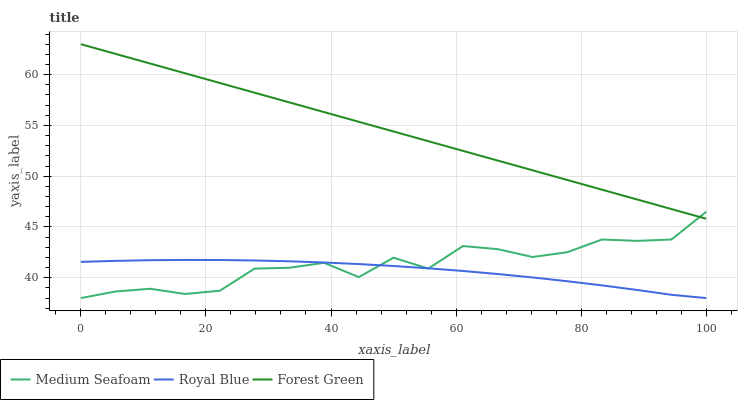
| xaxis_label | Medium Seafoam | Royal Blue | Forest Green |
 | --- | --- | --- | --- |
 | 0 | 38 | 41.6 | 63 |
 | 5.56 | 38.6 | 41.7 | 62 |
 | 11.1 | 38.9 | 41.7 | 61.1 |
 | 16.7 | 38.4 | 41.8 | 60.1 |
 | 22.2 | 38.7 | 41.7 | 59.2 |
 | 27.8 | 40.9 | 41.7 | 58.2 |
 | 33.3 | 41 | 41.6 | 57.3 |
 | 38.9 | 41.5 | 41.5 | 56.3 |
 | 44.4 | 40.1 | 41.3 | 55.4 |
 | 50 | 42 | 41.2 | 54.4 |
 | 55.6 | 40.9 | 40.9 | 53.4 |
 | 61.1 | 43.1 | 40.7 | 52.5 |
 | 66.7 | 42.8 | 40.4 | 51.5 |
 | 72.2 | 42 | 40 | 50.6 |
 | 77.8 | 42.5 | 39.7 | 49.6 |
 | 83.3 | 43.8 | 39.2 | 48.7 |
 | 88.9 | 43.6 | 38.8 | 47.7 |
 | 94.4 | 43.8 | 38.3 | 46.8 |
 | 100 | 46.5 | 38 | 45.8 |